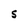
Character: S